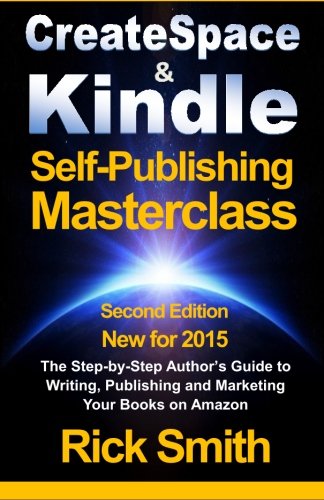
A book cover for Createspace & Kindle Self-Publishing Masterclass: The Step-By-Step Author's Guide to Writing, Publishing, and Marketing Your Books On Amazon; Rick Smith; Business & Money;